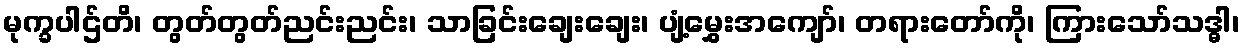
မုက္ခပါဌ်တိ၊ တွတ်တွတ်ညင်းညင်း၊ သာခြင်းချေးချေး၊ ပျံ့မွှေးအကျော်၊ တရားတော်ကို၊ ကြားသော်သဒ္ဓါ၊